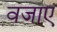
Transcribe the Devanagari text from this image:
वजाए